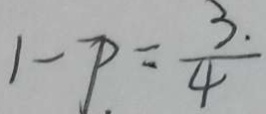
1 - p . = \frac { 3 . } { 4 }